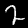
Digit: 2